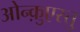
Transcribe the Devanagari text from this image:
ओन्क़ुएस्तु